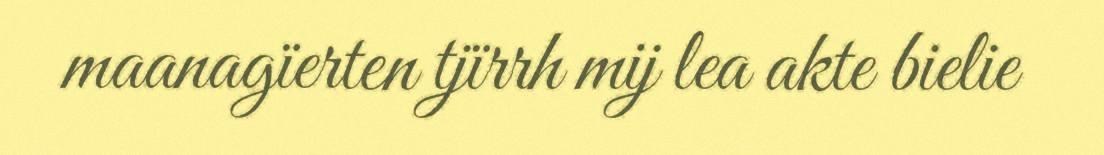
maanagïerten tjïrrh mij lea akte bielie